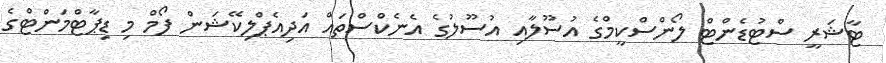
ޓާޝަރީ ސްޓުޑެންޓް ލޯންސްކީމްގެ އުސޫލާއި އުސޫލުގެ އެނެކްސްތައް އަދިއެޕްލިކޭޝަން ފޯމް މި ޑިޕާޓްމަންޓްގެ